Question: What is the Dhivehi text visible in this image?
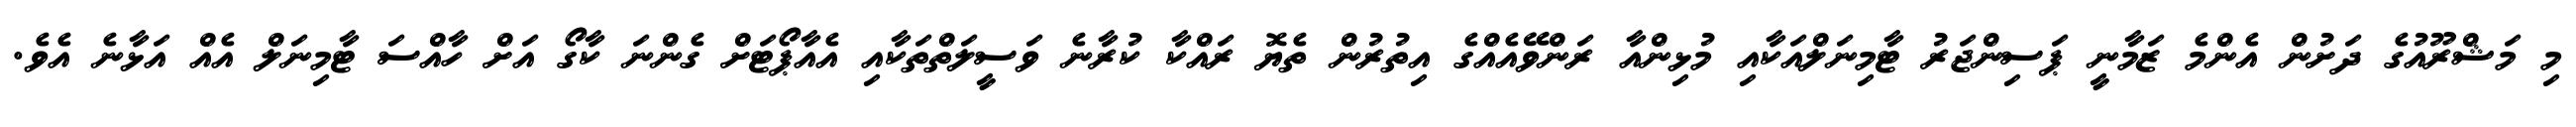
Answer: މި މަޝްރޫއުގެ ދަށުން އެންމެ ޒަމާނީ ޕަސިންޖަރު ޓާމިނަލްއަކާއި މުޅިންއާ ރަންވޭއެއްގެ އިތުރުން ތެޔޮ ރައްކާ ކުރާނެ ވަސީލަތްތަކާއި އެއާޕޯޓަށް ގެންނަ ކާގޯ އަށް ހާއްސަ ޓާމިނަލް އެއް އަޅާނެ އެވެ.